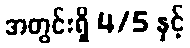
အတွင်းရှိ 4/5 နှင့်